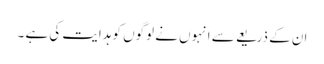
ان کے ذریعے سے انہوں نے لوگوں کو ہدایت کی ہے ۔